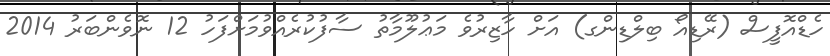
ހެޑްއޮފީސް (ރޭޑިއޯ ބިލްޑިންގ) އަށް ހާޒިރުވެ މަޢުލޫމާތު ސާފުކުރެއްވުމަށްފަހު 12 ނޮވެންބަރު 2014